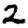
Digit: 2